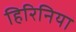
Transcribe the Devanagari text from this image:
हिरिनिया